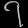
Digit: ၇